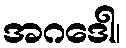
အဂဒေါ၊